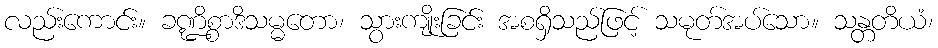
လည်းကောင်း။ ခဏ္ဍိစ္စာဒိသမ္မတော၊ သွားကျိုးခြင်း အစရှိသည်ဖြင့် သမုတ်အပ်သော။ သန္တတိယံ၊